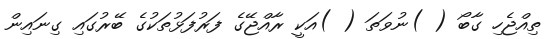
ތިއްޖެހި ގާބޯ ( )ނުވަތަ ( )އަކީ ރާއްޖޭގެ ފަރުފަޅުތަކުގެ ބޭރުގައި ގިނައިން